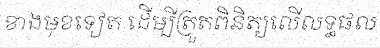
ខាងមុខទៀត ដើម្បីត្រួតពិនិត្យលើលទ្ធផល